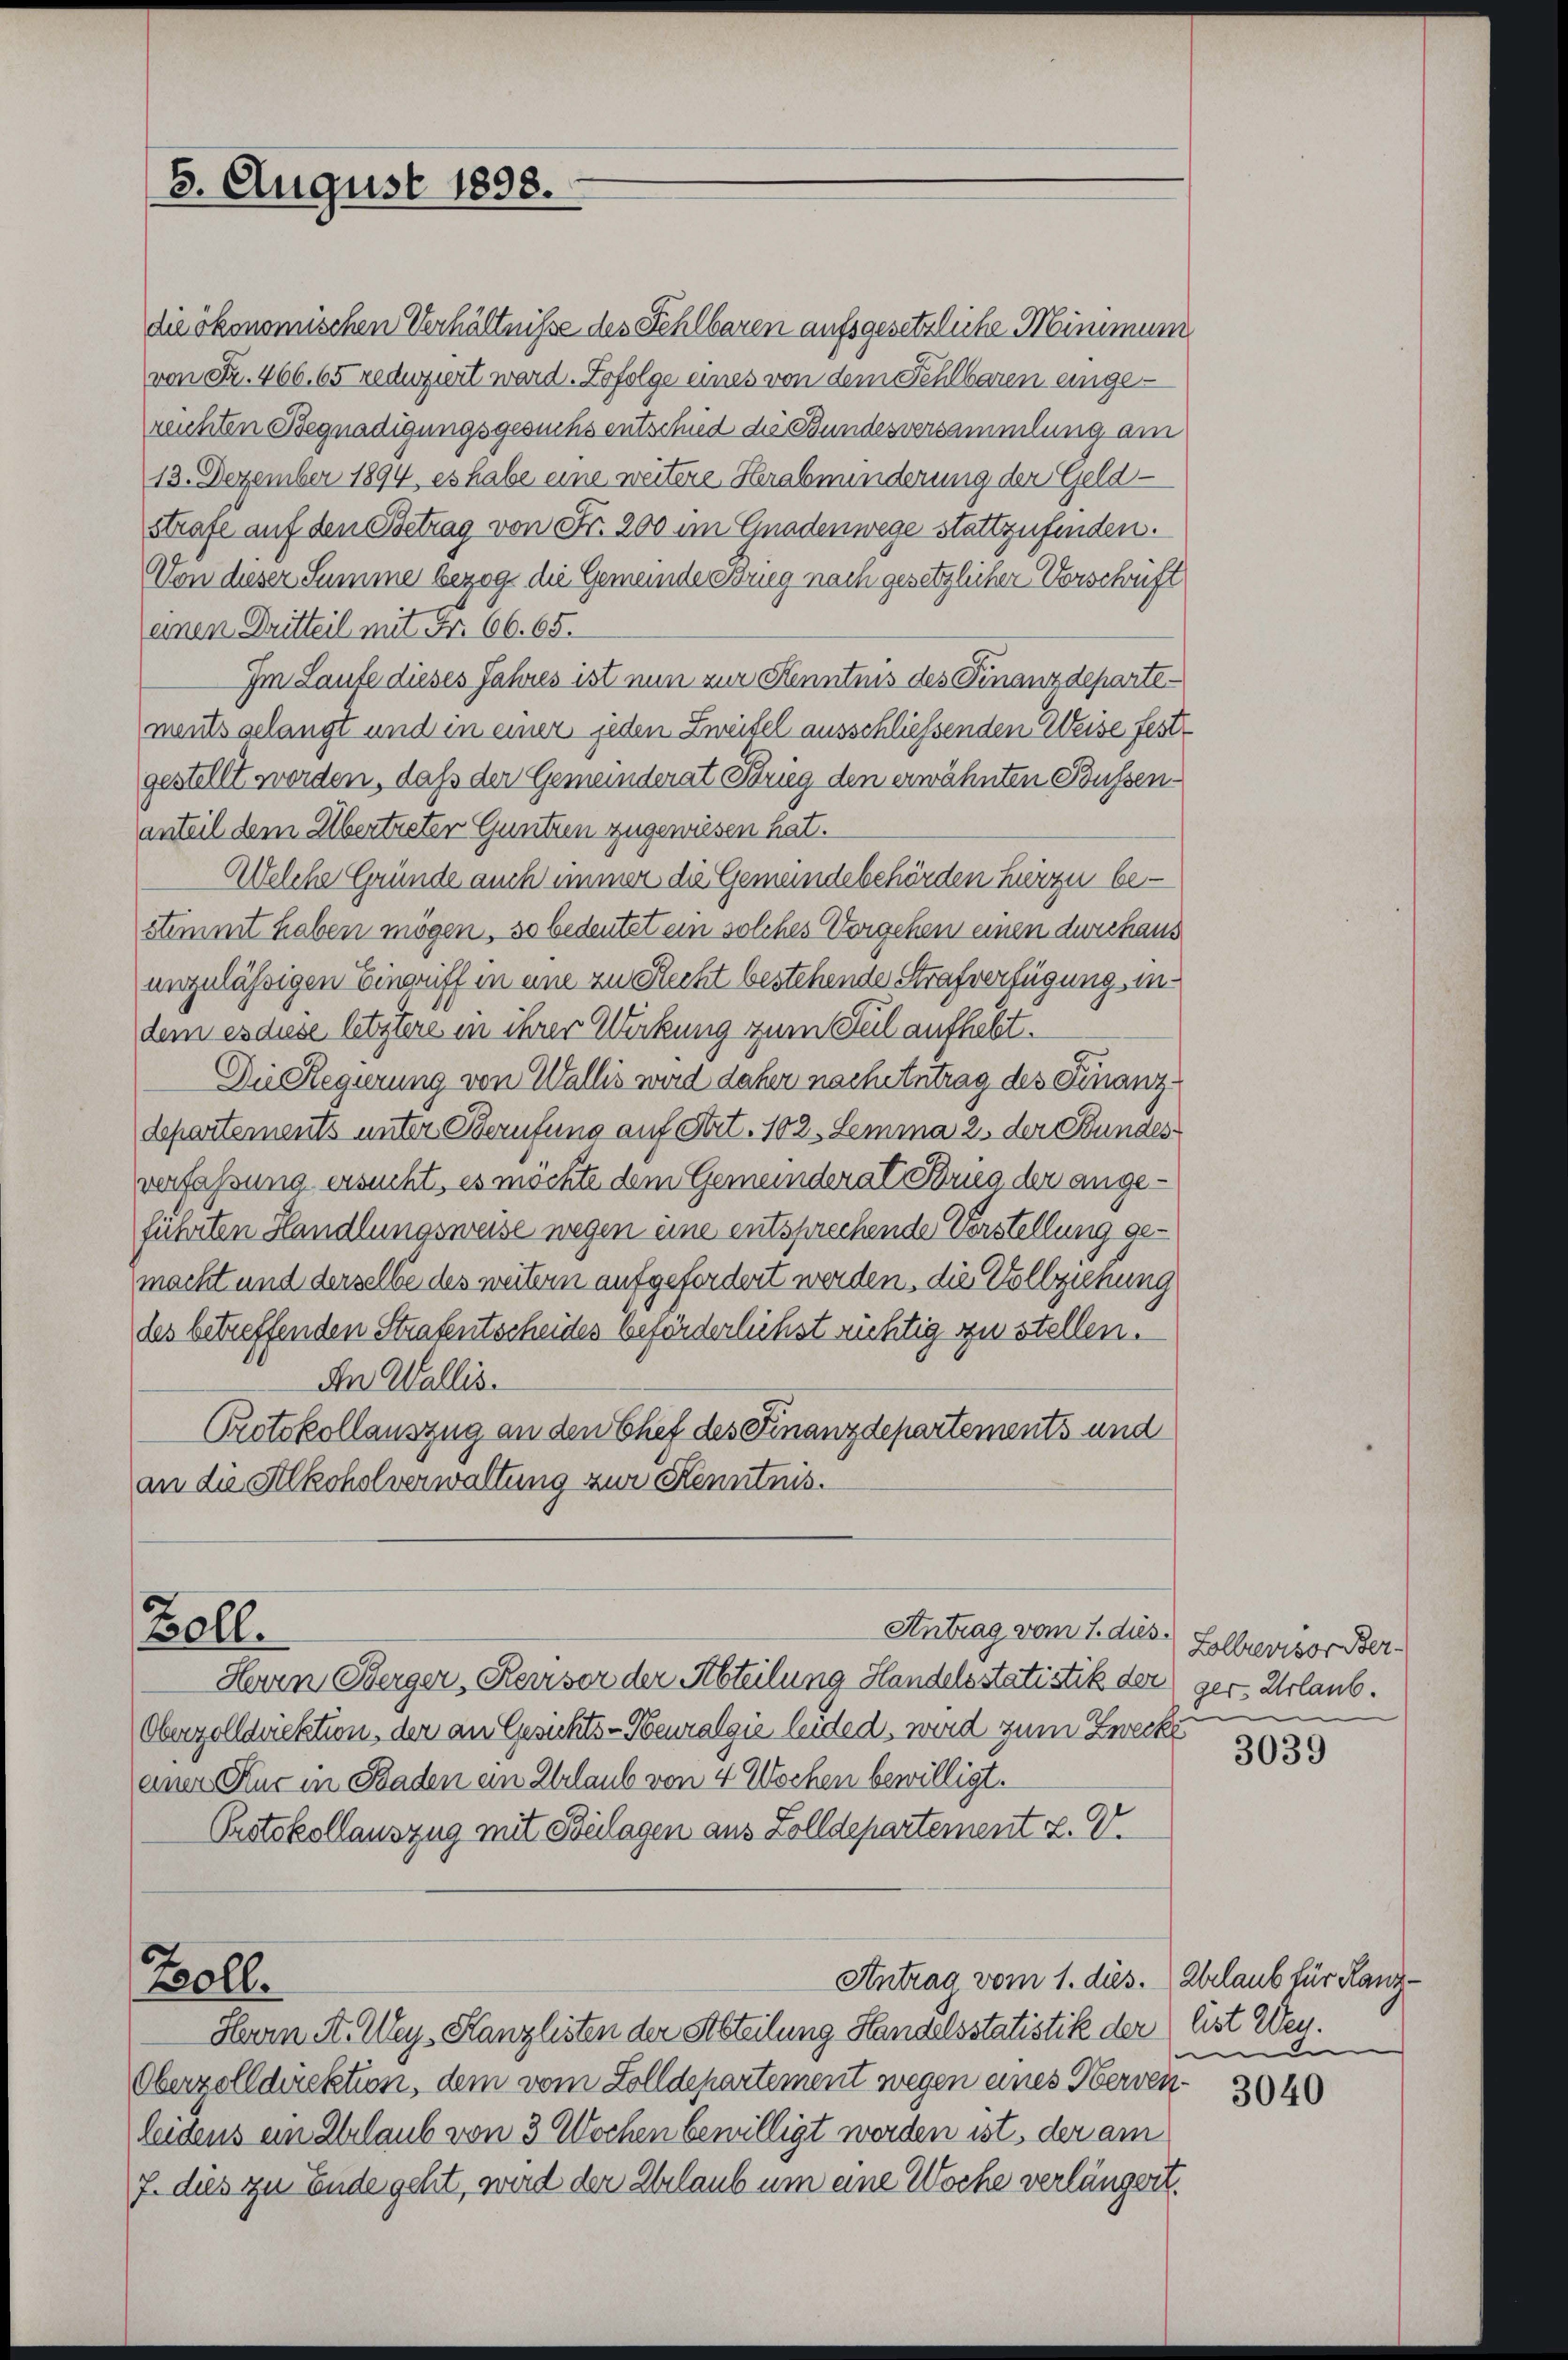
5. August 1898.

die ökonomischen Verhältnisse des Fehlbaren aufsgesetzliche Minimung
von Fr. 466. 65 reduziert ward. Zofolge eines von dem Fehlbaren angerechten Begnadigungsgesuchs entschied die Bundesversammlung am
13. Dezember 1894, es habe eine weitere Herabminderung der Geldstrafe auf den Betrag von Fr. 200 im Gnadenwege stattzufinden.
Von dieser Summe bezog die Gemeinde Brieg nach gesetzlicher Vorschrift
einen Dritteil mit Fr. 66. 65.
Im Laufe dieses Jahres ist nun zur Kenntnis des Finanzdepartements gelangt und in einer jeden Zweifel ausschliessenden Weise festgestellt worden, daß der Gemeinderat Strieg den erwähnten Bussenanteil dem Übertreter Guntzen zugewiesen hat.
Welche Gründe auch immer die Gemeindebehörden hierzu bestimmt haben mögen, so bedeutet ein solches Vorgehen einen durchaus
unzulässigen Eingriff in eine zu Recht bestehende Strafverfügung indem es diese letztere in ihrer Wirkung zum Teil aufhebt.
Die Regierung von Wallis wird daher nacheintrag des Finanz-
departements unter Berufung auf Stit. 102. Lemma 2 der Bundes
verfassung ersucht, es möchte dem Gemeinderat Brieg der angeführten Handlungsweise wegen eine entsprechende Vorstellung gemacht und derselbe des weitern aufgefordert werden, die Vollziehung
des betreffenden Strafentscheides beförderlichst richtig zustellen.
An Wallis.
Protokollauszug an den Chef des Finanzdepartements und
an die Alkoholverwaltung zur Kenntnis.
Antrag vom 1. dies
Zoll.
Herrn Berger, Keiser der Abteilung Handels Statistik der ger. Urlaub.
Oberzolldriektion, der an Gesichts-Neuralgie leided, wird zum Zwecken
einer Kur in Baden ein Erlaub von 4 Wochen bewilligt.
Protokollauszug mit Bulagen aus Zolldepartement z. V.
Antrag vom 1. dies. Erlaub für Rang¬
Zoll.
Herrn A. Wey, Stanzlisten der Abteilung Handelsstatistik der list eben.
Oberzolldirektion, dem vom Zolldepartement wegen eines Oberven
leidens ein Erlaub von 3 Wochen bewilligt werden ist, der am
7. dies zu Ende geht, wird der Erlaub um eine Woche verlängert.

Lollrevisor Ber

3039

e

3040